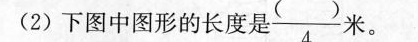
(2)下图中图形的长度是 \frac{( )}{4} 米。